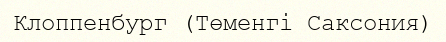
Клоппенбург (Төменгі Саксония)